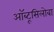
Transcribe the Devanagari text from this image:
ऑब्टूसिलोबा